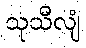
သုသီလျံ